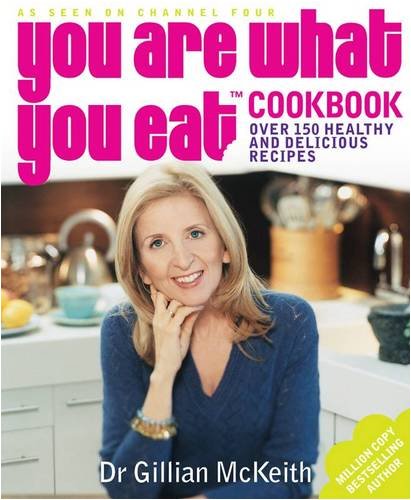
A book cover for You Are What You Eat Cookbook: Over 150 Easy And Delicious Recipes To Inspire The Healthy New; Gillian McKeith; Cookbooks, Food & Wine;